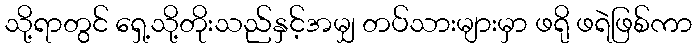
သို့ရာတွင် ရှေ့သို့တိုးသည်နှင့်အမျှ တပ်သားများမှာ ဖရို ဖရဲဖြစ်ကာ